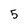
Character: 5